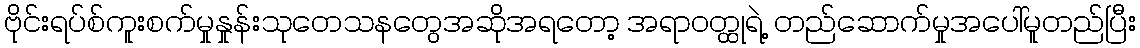
ဗိုင်းရပ်စ်ကူးစက်မှုနှုန်းသုတေသနတွေအဆိုအရတော့ အရာဝတ္ထုရဲ့ တည်ဆောက်မှုအပေါ်မူတည်ပြီး